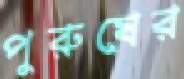
পুরুষের